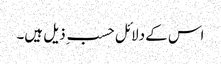
اس کے دلائل حسب ِ ذیل ہیں۔